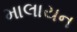
માલાયન